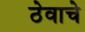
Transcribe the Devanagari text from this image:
ठेवाचे